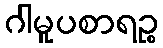
ဂါမူပစာရဉ္စ